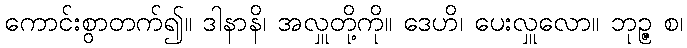
ကောင်းစွာတက်၍။ ဒါနာနိ၊ အလှူတို့ကို။ ဒေဟိ၊ ပေးလှူလော။ ဘုဉ္ဇ စ၊